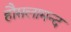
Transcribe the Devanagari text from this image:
हौसलामन्द